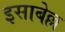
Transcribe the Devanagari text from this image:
इसाबेल्ल